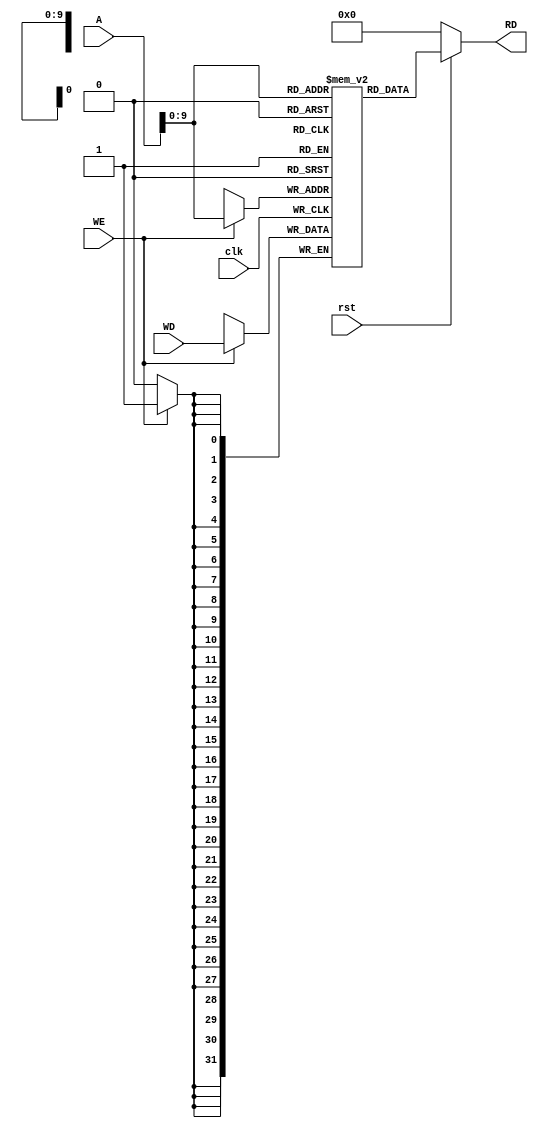
`timescale 1ns / 1ps
//////////////////////////////////////////////////////////////////////////////////
// Company: 
// Engineer: 
// 
// Design Name: 
// Module Name: data_mem
// Project Name: 
// Target Devices: 
// Tool Versions: 
// Description: 
// 
// Dependencies: 
// 
// Revision:
// Revision 0.01 - File Created
// Additional Comments:
// 
//////////////////////////////////////////////////////////////////////////////////


module data_mem(A,WD,clk,rst,WE,RD);
input [31:0]A,WD;
input clk,WE,rst;
output  [31:0] RD;

reg [31:0] data_memory [1023:0]; 

 assign RD = (rst == 1'b0 ) ? 32'h00000000  : data_memory[A]; 

always @ (posedge clk)
    begin
        if (WE)
            data_memory[A] <= WD;
 end
 
  initial begin
    data_memory[240] = 32'h00000020;
end


endmodule